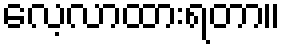
လေ့လာထားရတာ။